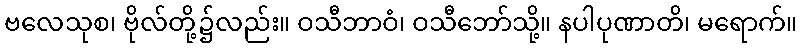
ဗလေသုစ၊ ဗိုလ်တို့၌လည်း။ ဝသီဘာဝံ၊ ဝသီဘော်သို့။ နပါပုဏာတိ၊ မရောက်။